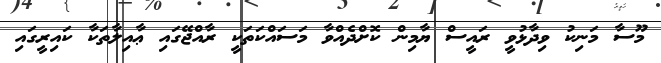
މޫސާ މަނިކު ވިދާޅުވީ ރައީސް ޔާމިން ކޮށްދެއްވާ މަސައްކަތަކީ ރާއްޖޭގައި ޢާއިލާތަކާ ކައިރީގައި